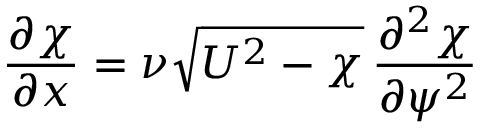
{ \frac { \partial \chi } { \partial x } } = \nu { \sqrt { U ^ { 2 } - \chi } } \, { \frac { \partial ^ { 2 } \chi } { \partial \psi ^ { 2 } } }